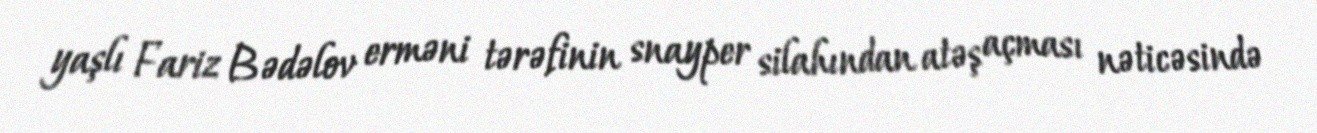
yaşlı Fariz Bədəlov erməni tərəfinin snayper silahından atəş açması nəticəsində